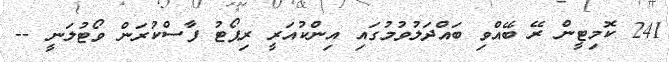
241 ކޮމިޓީން ރޭ ބޭއްވި ބައްދަލުވުމުގައި އިންކުއަރީ ރިޕޯޓު ފާސްކުރަން ވޯޓުލަނީ --